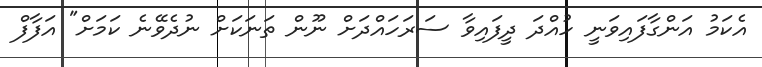
އެކަމު އަންގާފައިވަނީ ހުއްދަ ދީފައިވާ ސަރަހައްދަށް ނޫން ތަނަކަށް ނުދެވޭނެ ކަމަށް" އަފާފް